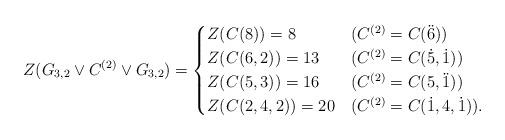
LaTeX: \begin{align*} Z(G_{3,2}\vee C^{(2)} \vee G_{3,2}) = \begin{cases} Z(C(8)) =8 &(C^{(2)}=C(\ddot6)) \\ Z(C(6,2)) =13 &(C^{(2)}= C(\dot5,\dot1)) \\ Z(C(5,3)) =16 &(C^{(2)}=C(5,\ddot 1)) \\ Z(C(2,4,2)) =20 &(C^{(2)}=C(\dot1,4,\dot1)) . \end{cases} \end{align*}